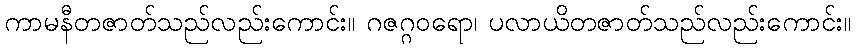
ကာမနီတဇာတ်သည်လည်းကောင်း။ ဂဇဂ္ဂဝရော၊ ပလာယိတဇာတ်သည်လည်းကောင်း။